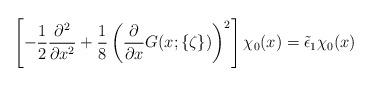
LaTeX: \begin{align*}\left[ - \frac12 \frac{\partial^2}{\partial x^2} + \frac18 \left(\frac{\partial}{\partial x} G(x;\{\zeta\})\right)^2 \right]\chi_0(x)= \tilde{\epsilon}_1 \chi_0(x)\end{align*}